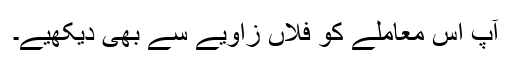
آپ اس معاملے کو فلاں زاویے سے بھی دیکھیے۔